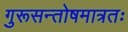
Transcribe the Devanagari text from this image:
गुरूसन्तोषमात्रतः